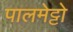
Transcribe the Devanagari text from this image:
पालमेट्टो